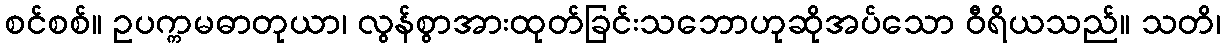
စင်စစ်။ ဥပက္ကမဓာတုယာ၊ လွန်စွာအားထုတ်ခြင်းသဘောဟုဆိုအပ်သော ဝီရိယသည်။ သတိ၊